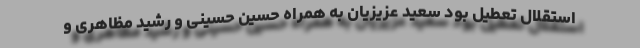
استقلال تعطیل بود سعید عزیزیان به همراه حسین حسینی و رشید مظاهری و